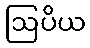
ဩပိယ